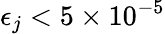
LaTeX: \epsilon_{j}<5\times 10^{-5}